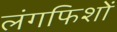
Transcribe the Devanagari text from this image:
लंगफिशों